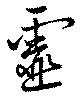
靈